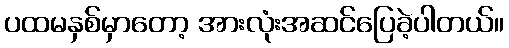
ပထမနှစ်မှာတော့ အားလုံးအဆင်ပြေခဲ့ပါတယ်။